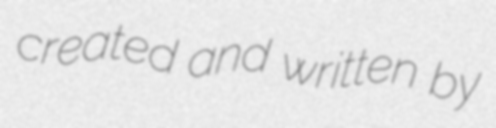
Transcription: created and written by